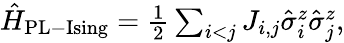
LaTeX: \begin{array}{r}{\hat{H}_{\mathrm{{PL-Ising}}}=\frac{1}{2}\sum_{i<j}J_{i,j}\hat{\sigma}_{i}^{z}\hat{\sigma}_{j}^{z},}\end{array}